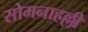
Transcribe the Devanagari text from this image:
सोमनाहल्ली